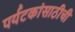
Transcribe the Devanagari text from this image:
पर्यटकांसाठीची